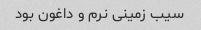
سیب زمینی نرم و داغون بود